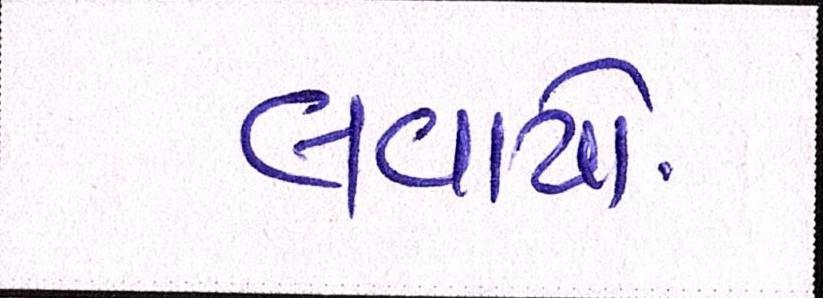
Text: લવાયો